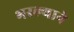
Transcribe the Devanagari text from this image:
भरल्याने